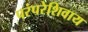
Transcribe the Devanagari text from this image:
परंपरेशिवाय